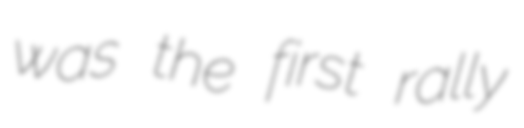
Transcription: was the first rally